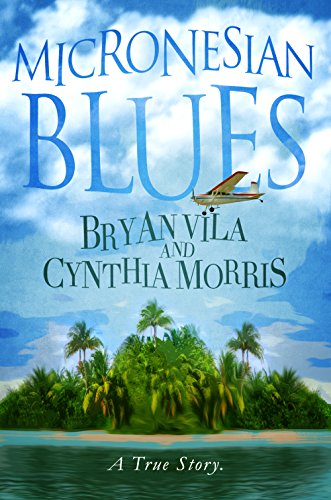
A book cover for Micronesian Blues; Bryan Vila; Travel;